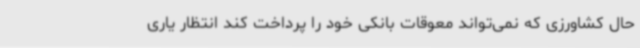
حال کشاورزی که نمی‌تواند معوقات بانکی خود را پرداخت کند انتظار یاری